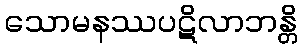
သောမနဿပဋိလာဘန္တိ